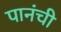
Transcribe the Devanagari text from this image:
पानंची